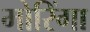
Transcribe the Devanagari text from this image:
मोरिंगा